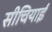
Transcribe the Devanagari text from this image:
सीचियाई